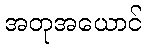
အတုအယောင်